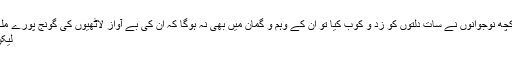
Image caption گئو ماتا‘ کی حفاظت کا بیڑا اٹھانے والے کچھ نوجوانوں نے سات دلتوں کو زد و کوب کیا تو ان کے وہم و گمان میں بھی نہ ہوگا کہ ان کی بے آواز لاٹھیوں کی گونج پورے ملک میں سنائی دے گی
لیکن ان کی محبتوں کے دعویدار اور بھی ہیں۔